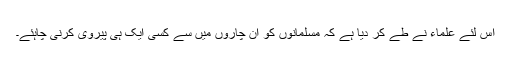
اس لئے علماء نے طے کر دیا ہے کہ مسلمانوں کو ان چاروں میں سے کسی ایک ہی پیروی کرنی چاہئے۔